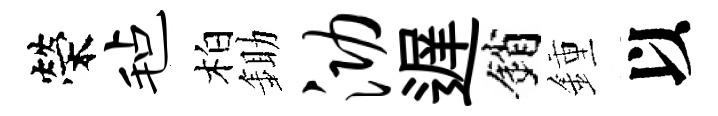
榮毡柏鋤泐遅銷鍾以